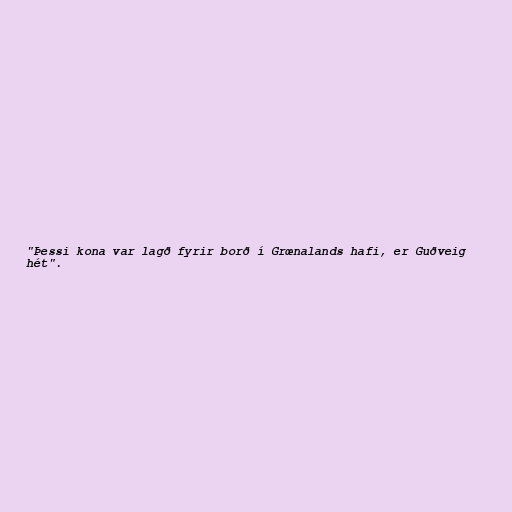
"Þessi kona var lagð fyrir borð í Grœnalands hafi, er Guðveig
hét".